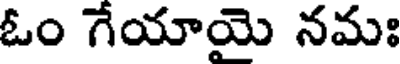
ఓం గేయాయై నమః